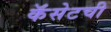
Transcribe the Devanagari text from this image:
कॅसेटची